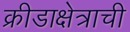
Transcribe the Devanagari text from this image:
क्रीडाक्षेत्राची